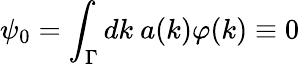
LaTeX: \psi_{0}=\int_{\Gamma}dk~a(k)\varphi(k)\equiv 0